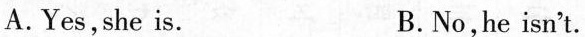
A.Yes,she is. B.No,he isn't.